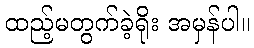
ထည့်မတွက်ခဲ့ရိုး အမှန်ပါ။